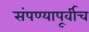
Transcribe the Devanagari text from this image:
संपण्यापूर्वीच